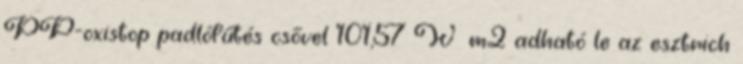
PP-oxistop padlófűtés csővel 101,57 W m2 adható le az esztrich